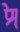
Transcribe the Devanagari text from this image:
प्रेम्